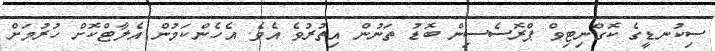
ސިކުނޑީގެ ކޮގްނިޓިވް ޕްރޮސެސިން ބޮޑު ތަނުން އިތުރުވެ އެވެ. އެހެންކަމުން އެލާޓްކޮށް ހުރުމަށް